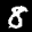
Label: 8